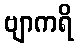
ဗျာကရိ